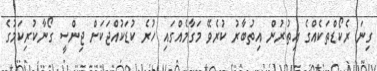
ގިނަ ރެކޯޑްތަކެއްގެ އިތުރުން އިތުބާރު ކުރެވޭ މަގާމެއްގައި ހުރެ ކުޑަކުއްޖަކަށް ޖިންސީ ގޯނާކުރިކަމުގެ